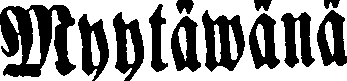
Myytäwänä